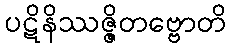
ပဋိနိဿဇ္ဇိတဗ္ဗောတိ